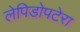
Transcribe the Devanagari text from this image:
लेपिडोपटेरा